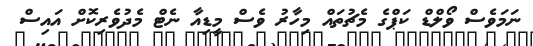
ނަމަވެސް ވޯލްޑް ކަޕްގެ މެޗުތައް މިހާރު ވެސް މީޑިއާ ނެޓް މެދުވެރިކޮށް އައިސް